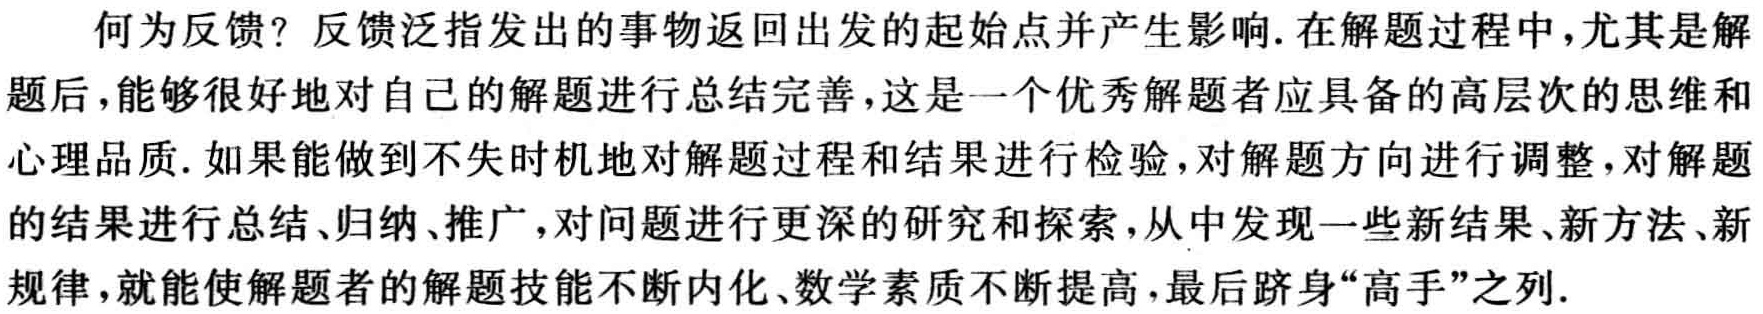
何为反馈？反馈泛指发出的事物返回出发的起始点并产生影响. 在解题过程中，尤其是解题后，能够很好地对自己的解题进行总结完善，这是一个优秀解题者应具备的高层次的思维和心理品质. 如果能做到不失时机地对解题过程和结果进行检验，对解题方向进行调整，对解题的结果进行总结、归纳、推广，对问题进行更深的研究和探索，从中发现一些新结果、新方法、新规律，就能使解题者的解题技能不断内化、数学素质不断提高，最后跻身“高手”之列.